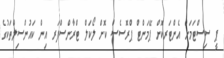
ޕީ ސިސްޓަމަށް އެންޓަރކޮށް ޕޭމަންޓް ޕްރޮސެސް ކޮށް ލޯކަލް ޓްރާންސްފަރ އިން ކައުންސިލްތަކުގެ